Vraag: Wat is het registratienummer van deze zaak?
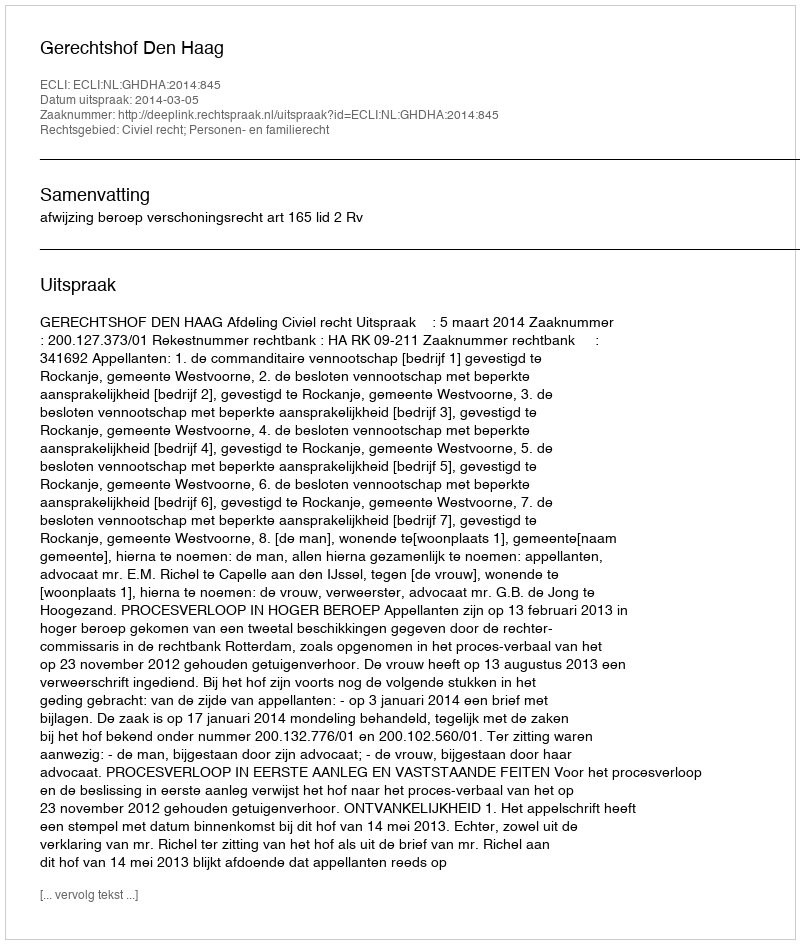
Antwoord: http://deeplink.rechtspraak.nl/uitspraak?id=ECLI:NL:GHDHA:2014:845